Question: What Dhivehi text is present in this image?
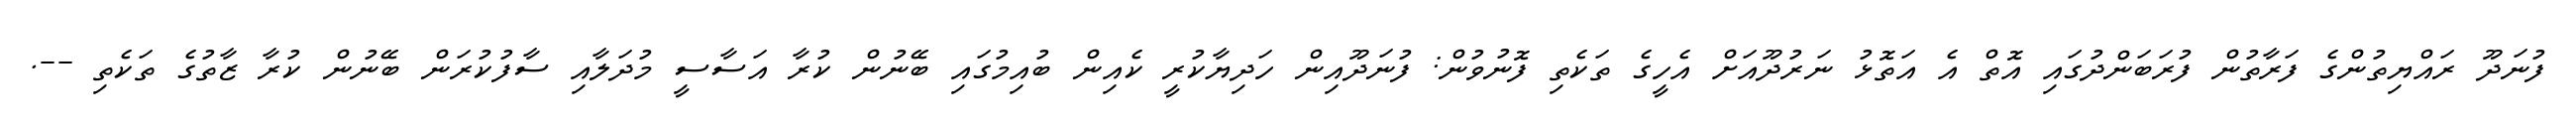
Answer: ފުނަދޫ ރައްޔިތުންގެ ފަރާތުން ފުރަބަންދުގައި އޮތް އެ އަތޮޅު ނަރުދޫއަށް އެހީގެ ތަކެތި ފޮނުވުން: ފުނަދޫއިން ހަދިޔާކުރީ ކެއިން ބުއިމުގައި ބޭނުން ކުރާ އަސާސީ މުދަލާއި ސާފުކުރަން ބޭނުން ކުރާ ޒާތުގެ ތަކެތި --.